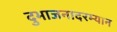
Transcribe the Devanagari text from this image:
दुभाजनादरम्यान